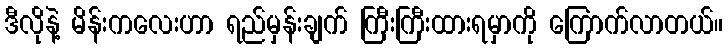
ဒီလိုနဲ့ မိန်းကလေးဟာ ရည်မှန်းချက် ကြီးကြီးထားရမှာကို ကြောက်လာတယ်။